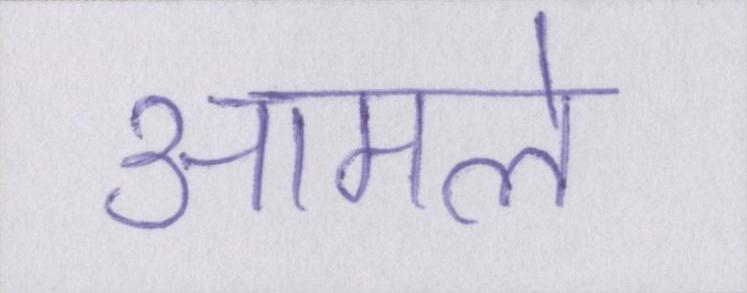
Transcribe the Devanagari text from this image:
आमले